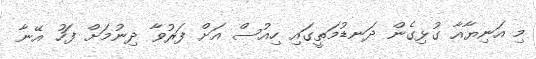
މި އަނިޔާއާ ގުޅިގެން ދަނޑުމަތީގައި ހިއުސް އަށް ފަރުވާ ދިނުމަށް ފަހު އޭނާ